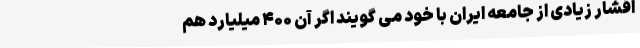
اقشار زیادی از جامعه ایران با خود می گویند اگر آن ۴۰۰ میلیارد هم